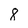
Character: 8